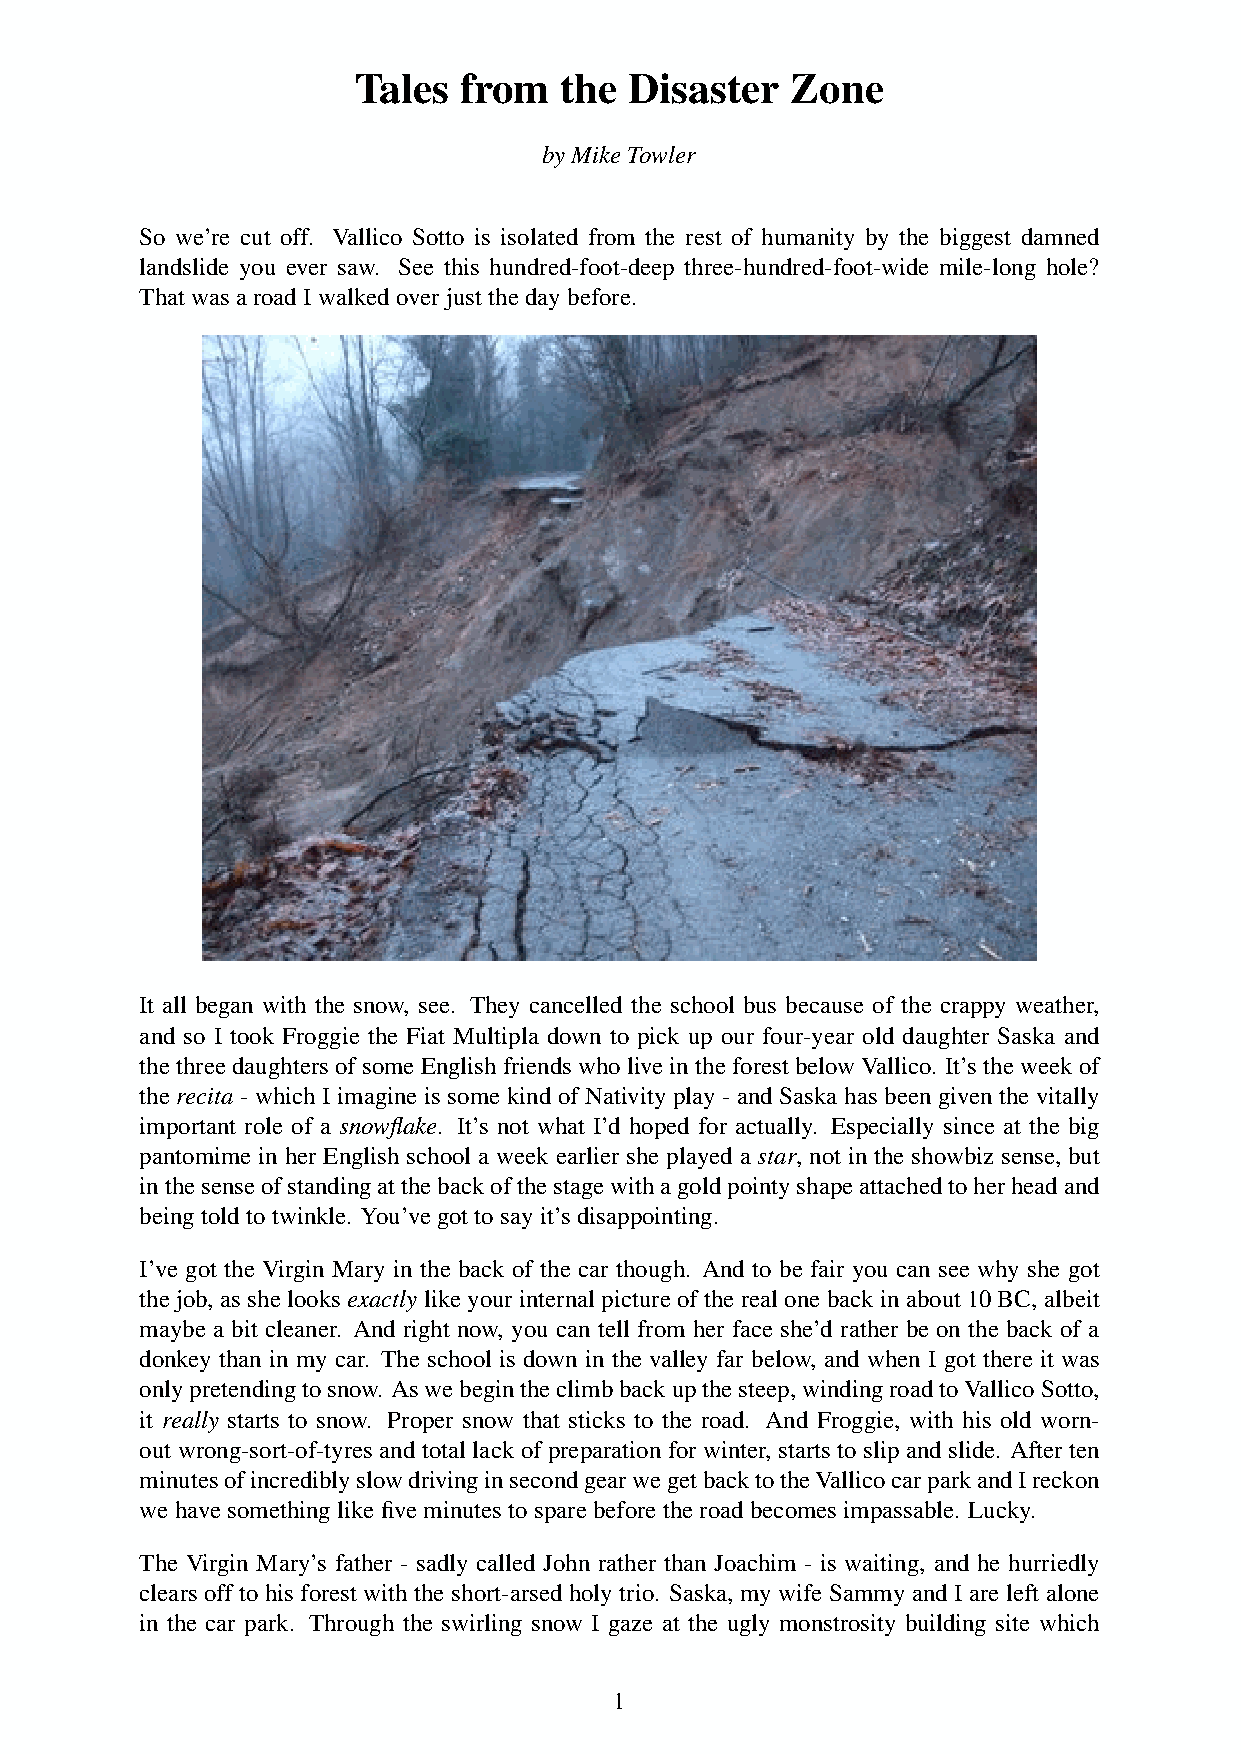
Tales  from   the  Disaster  Zone
 byMikeTowler
 So we’re cut off. Vallico Sotto is isolated from the rest of humanity by the biggest damned
 landslide you ever saw. See this hundred-foot-deep three-hundred-foot-wide mile-long hole?
 ThatwasaroadIwalkedoverjustthedaybefore.
 It all began with the snow, see. They cancelled the school bus because of the crappy weather,
 and so I took Froggie the Fiat Multipla down to pick up our four-year old daughter Saska and
 thethreedaughtersofsomeEnglishfriendswholiveintheforestbelowVallico. It’stheweekof
 the recita - which I imagine is some kind of Nativity play - and Saska has been given the vitally
 important role of a snowflake. It’s not what I’d hoped for actually. Especially since at the big
 pantomime in her English school a week earlier she played a star, not in the showbiz sense, but
 inthesenseofstandingatthebackofthestagewithagoldpointyshapeattachedtoherheadand
 beingtoldtotwinkle. You’vegottosayit’sdisappointing.
 I’ve got the Virgin Mary in the back of the car though. And to be fair you can see why she got
 the job, as she looks exactly like your internal picture of the real one back in about 10 BC, albeit
 maybe a bit cleaner. And right now, you can tell from her face she’d rather be on the back of a
 donkey than in my car. The school is down in the valley far below, and when I got there it was
 onlypretendingtosnow. Aswebegintheclimbbackupthesteep,windingroadtoVallicoSotto,
 it really starts to snow. Proper snow that sticks to the road. And Froggie, with his old worn-
 out wrong-sort-of-tyres and total lack of preparation for winter, starts to slip and slide. After ten
 minutesofincrediblyslowdrivinginsecondgearwegetbacktotheVallicocarparkandIreckon
 wehavesomethinglikefiveminutestosparebeforetheroadbecomesimpassable. Lucky.
 The Virgin Mary’s father - sadly called John rather than Joachim - is waiting, and he hurriedly
 clears off to his forest with the short-arsed holy trio. Saska, my wife Sammy and I are left alone
 in the car park. Through the swirling snow I gaze at the ugly monstrosity building site which
 1